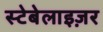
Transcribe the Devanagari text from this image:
स्टेबेलाइज़र